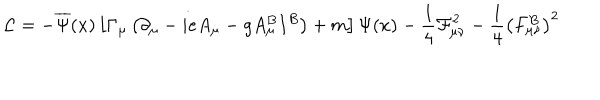
LaTeX: \mathcal { L } = - \overline { { { \Psi } } } ( x ) \left[ \Gamma _ { \mu } \left( \partial _ { \mu } - i e A _ { \mu } - g A _ { \mu } ^ { B } I ^ { B } \right) + m \right] \Psi ( x ) - \frac 1 4 \mathcal { F } _ { \mu \nu } ^ { 2 } - \frac 1 4 \left( F _ { \mu \nu } ^ { B } \right) ^ { 2 }